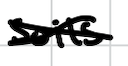
Text: soils
Cross-out: cross
Writing tool: digital_black